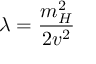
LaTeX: \lambda = { \frac { m _ { H } ^ { 2 } } { 2 v ^ { 2 } } }